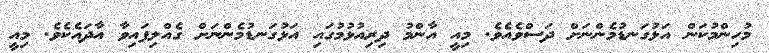
މުހިންމުކަން އަޅުގަނޑުމެންނަށް ދަސްވެއެވެ. މިއީ އާންމު ދިރިއުޅުމުގައި އަޅުގަނޑުމެންނަށް ގެއްލިފައިވާ އާދައެކެވެ. މިއީ